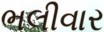
ભલીવાર